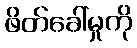
ဖိတ်ခေါ်မှုကို